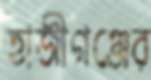
হাজীগঞ্জের